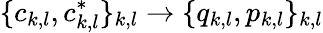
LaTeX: \{ c_{k,l},c_{k,l}^{*}\} _{k,l}\to\{ q_{k,l},p_{k,l}\} _{k,l}